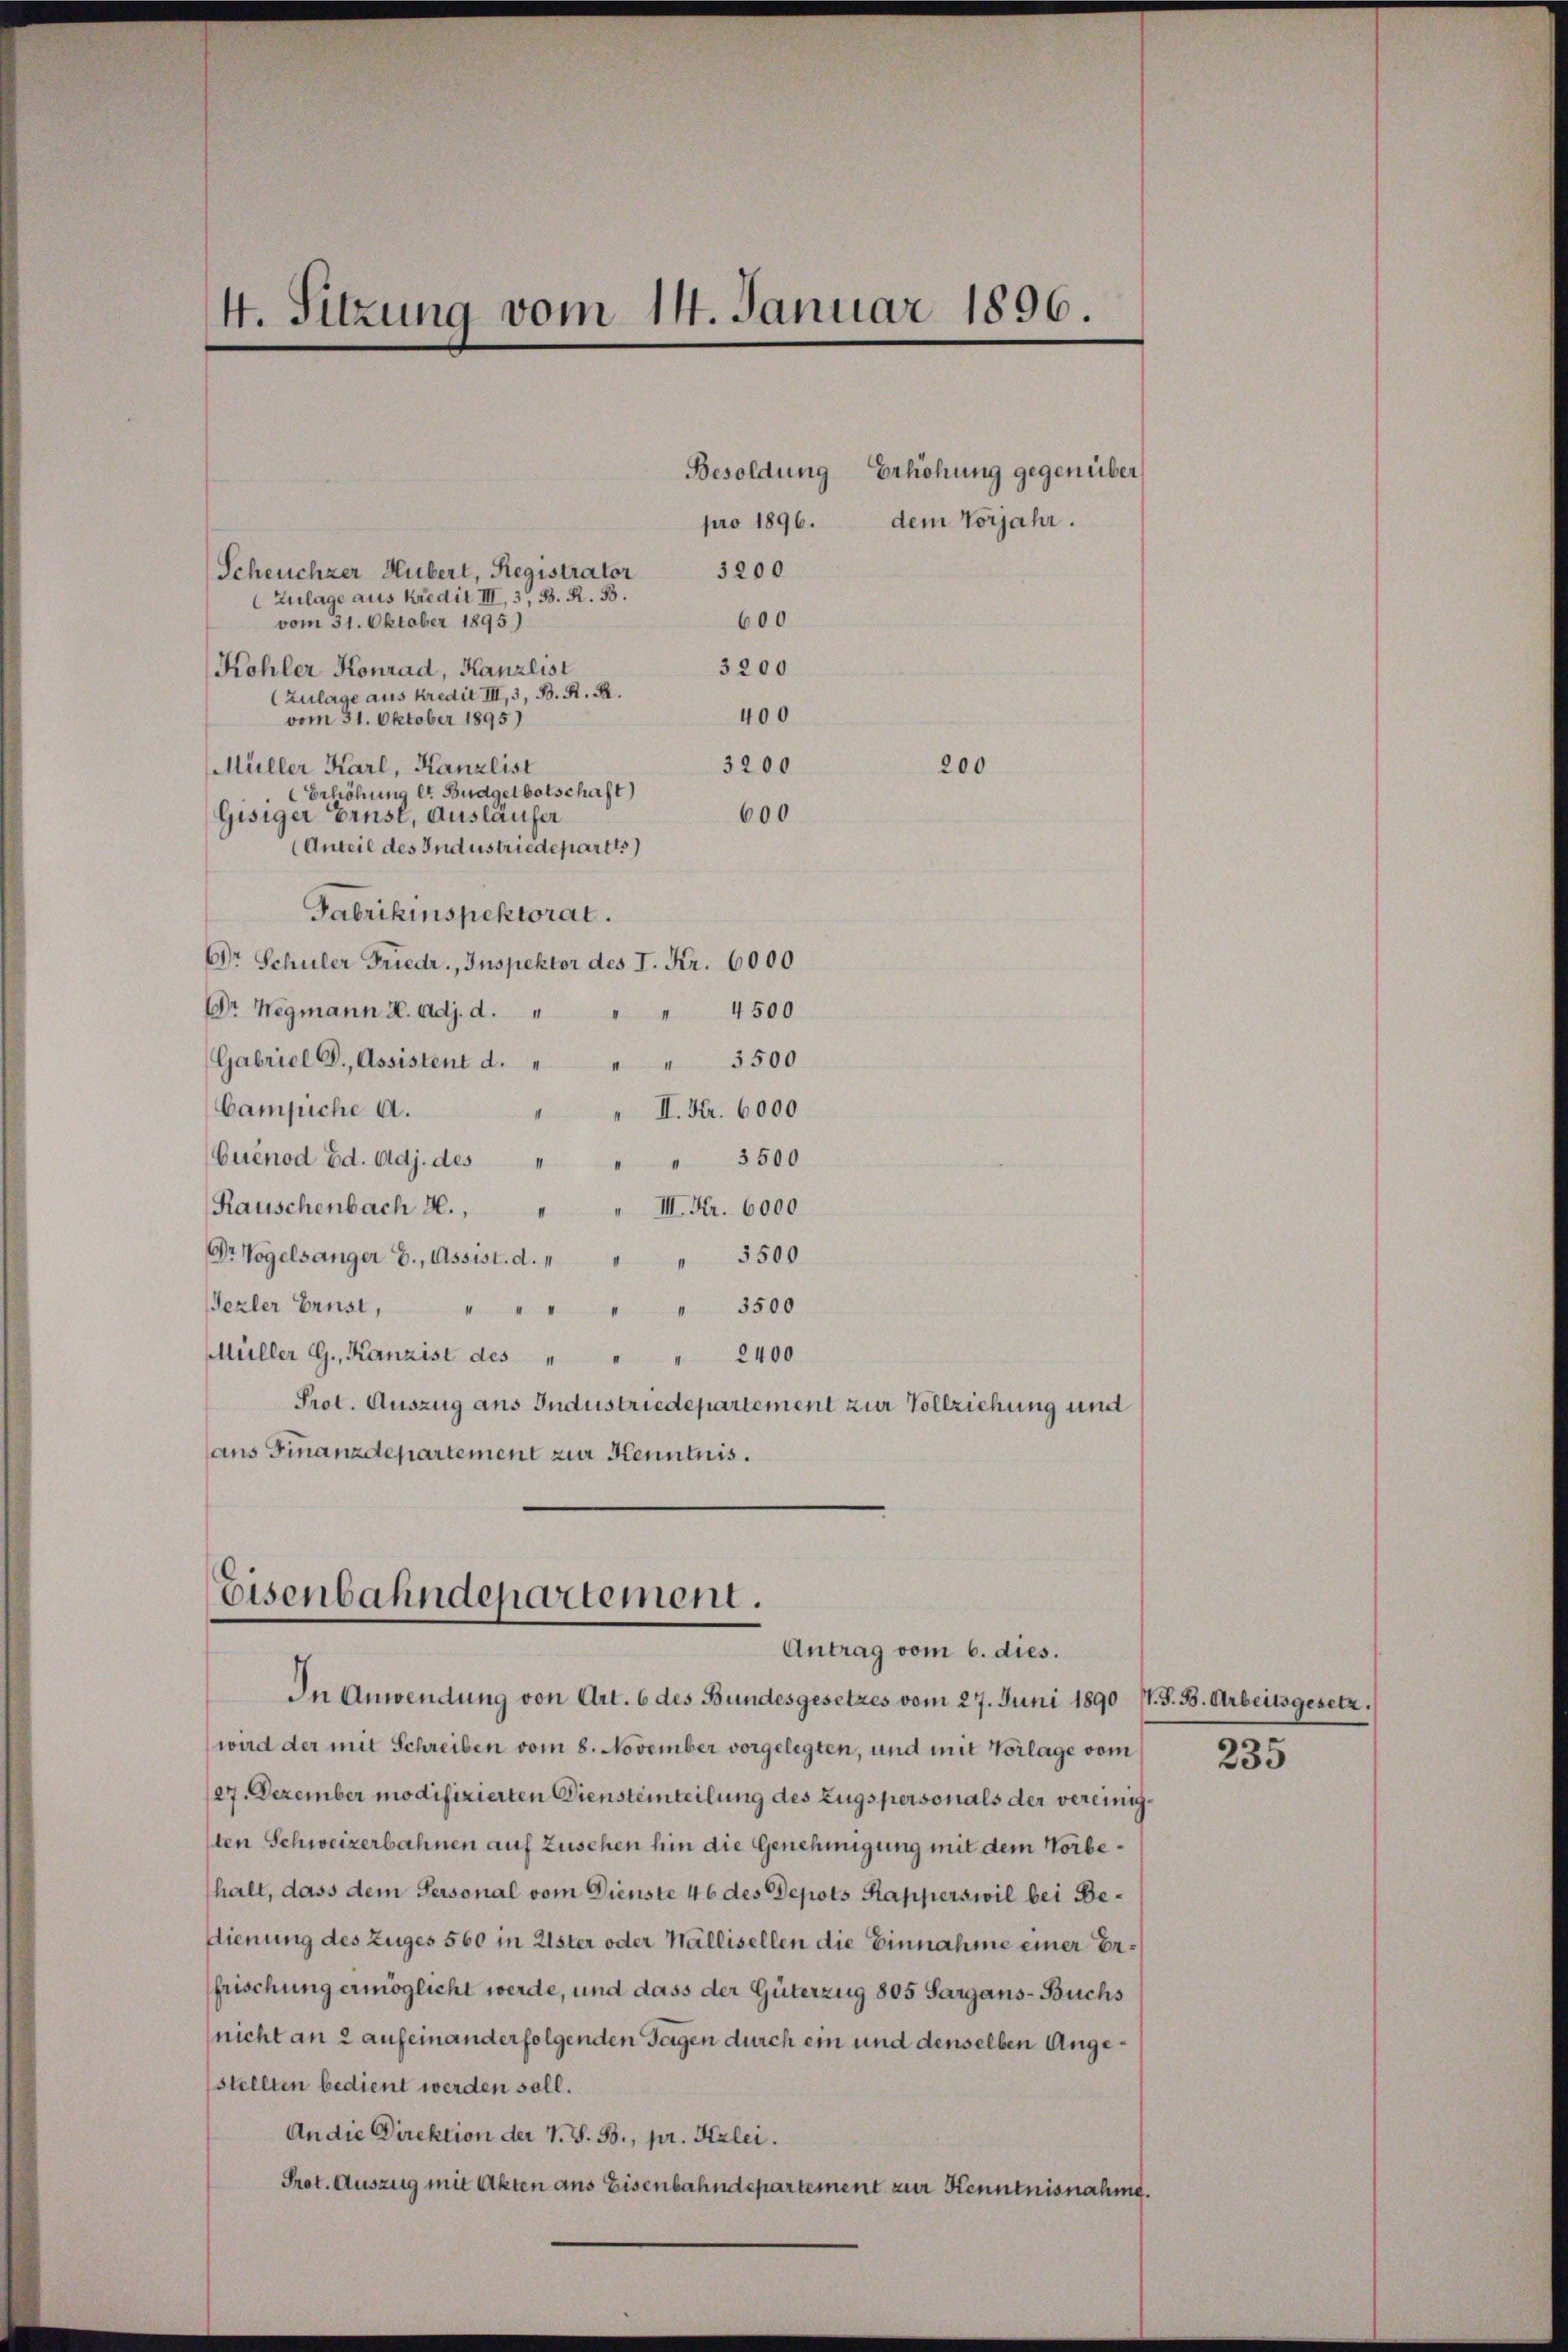
4. Sitzung vom 14. Januar 1896.

Scheuchzer Hubert, Registrator
Zulage aus Kredit III, 3, B. R. 33.
600
vom 31. Oktober 1895)
3200
Kohler Konrad, Kanzlist
(Zulage aus Kredit III, 3, B. R. R.
400
vom 31. Oktober 1895)
3200
Müller Karl, Kanzlist
Erhöhung lt. Budgelbotschaft)
600
Gisiger Ernst, Ausläufer
(Anteil des Industriedepartes)
Fabrikinspektorat.
DDr. Schuler Friedr., Inspektor des I. Kr. 6000
Dr Wegmann H. Adj. d.
4500
Gabriel C., Assistent d. " " " 3500
Campiche A.
II. Fr. 6000
Cuénod Ed. Adj. des
 3500
Rauschenbach H.,
III. Fr. 6000
Dr Vogelsanger B., Assist. d. 1
" 3500
Tezler Ernst, " " " " " 3500
Müller G., Kanzist des " " " 2400
Prot. Auszug aus Industriedepartement zur Vollziehung und
ans Finanzdepartement zur Kenntnis.

200

Besoldung Erhöhung gegenüber
pro 1896. dem Vorjahr.
3200

Eisenbahndepartement.
Antrag vom 6. dies.

In Anwendung von Art. 6 des Bundesgesetzes vom 27. Juni 1890 J. J. B. Arbeitsgesetz.
wird der mit Schreiben vom 8. November vorgelegten, und mit Vorlage vom
27. Dezember modifizierten Diensteinteilung des Zugspersonals der vereinigsten Schweizerbahnen auf Zusehen hin die Genehmigung mit dem Norbehalt, dass dem Personal vom Dienste 46 des Depots Kapperswil bei Bedienung des Zuges 560 in Uster oder Wallisellen die Einnahme einer Erfrischung ermöglicht werde, und dass der Güterzug 805 Sargans-Buchs
nicht an 2 aufeinanderfolgenden Tagen durch ein und denselben Angestellten bedient werden soll.
An die Direktion der V. S. B., pr. Kzlei.
Prot. Auszug mit Akten ans Eisenbahndepartement zur Kenntnisnahm.

235